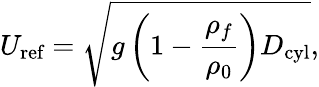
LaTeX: U_{\textrm{ref}}=\sqrt{g\left(1-\frac{\rho_{f}}{\rho_{0}}\right)D_{\textrm{cyl}}},